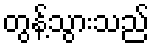
တွန့်သွားသည်